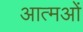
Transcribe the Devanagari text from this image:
आत्मओं